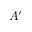
A ^ { \prime }